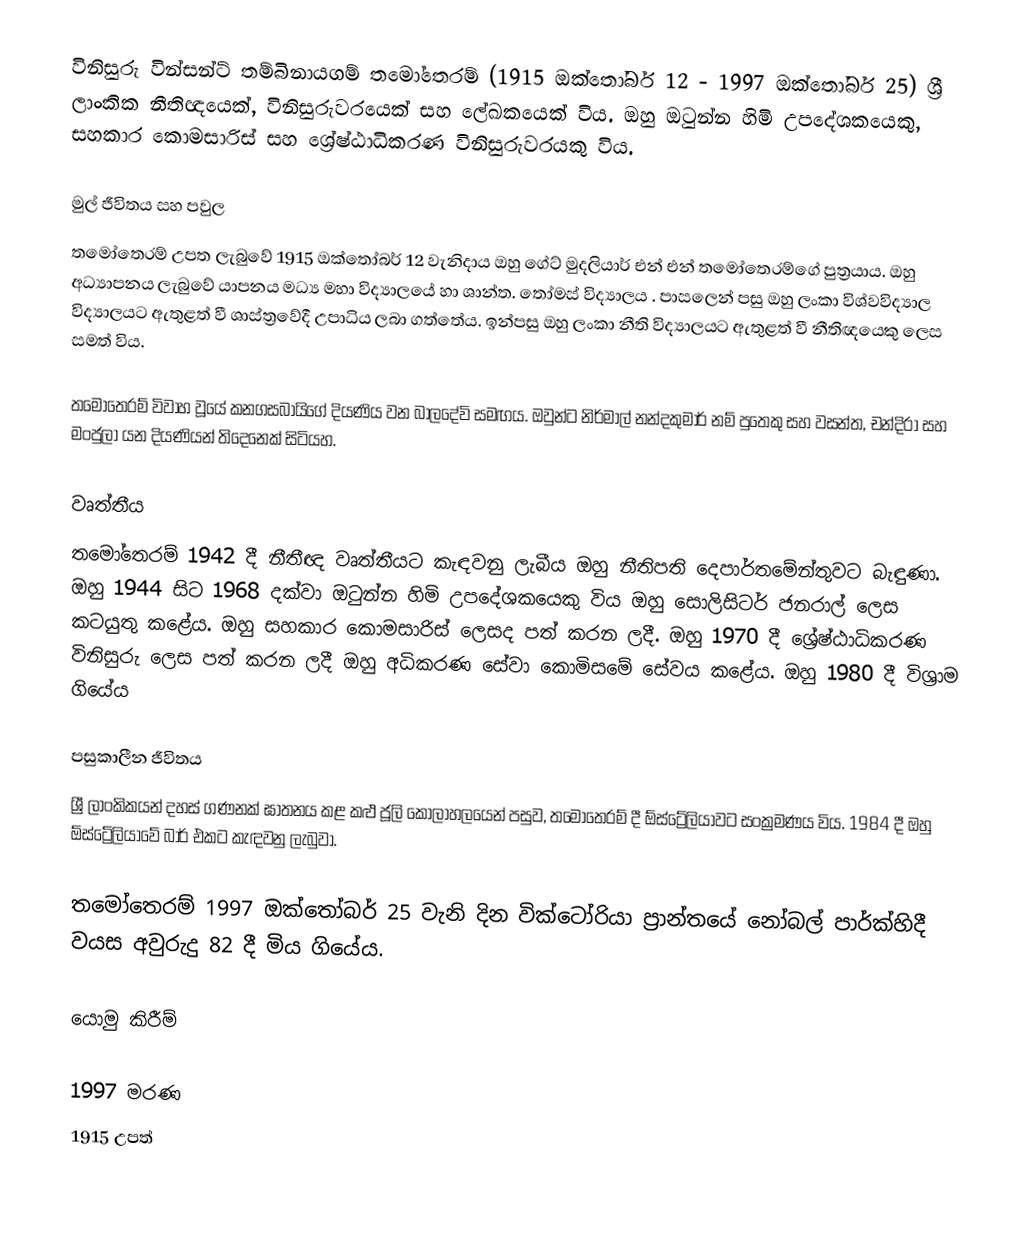
විනිසුරු වින්සන්ට් තම්බිනායගම් තමෝතෙරම් (1915 ඔක්තෝබර් 12 - 1997 ඔක්තෝබර් 25) ශ්‍රී ලාංකික නීතිඥයෙක්, විනිසුරුවරයෙක් සහ ලේඛකයෙක් විය. ඔහු ඔටුන්න හිමි උපදේශකයෙකු, සහකාර කොමසාරිස් සහ ශ්‍රේෂ්ඨාධිකරණ විනිසුරුවරයකු විය.

මුල් ජීවිතය සහ පවුල
තමෝතෙරම් උපත ලැබුවේ 1915 ඔක්තෝබර් 12 වැනිදාය  ඔහු ගේට් මුදලියාර් එන් එන් තමෝතෙරම්ගේ පුත්‍රයාය. ඔහු අධ්‍යාපනය ලැබුවේ යාපනය මධ්‍ය මහා විද්‍යාලයේ හා ශාන්ත. තෝමස් විද්‍යාලය .  පාසලෙන් පසු ඔහු ලංකා විශ්වවිද්‍යාල විද්‍යාලයට ඇතුළත් වී ශාස්ත්‍රවේදී උපාධිය ලබා ගත්තේය.  ඉන්පසු ඔහු ලංකා නීති විද්‍යාලයට ඇතුළත් වී නීතිඥයෙකු ලෙස සමත් විය.

තමෝතෙරම් විවාහ වූයේ කනගසබායිගේ දියණිය වන බාලදේවි සමඟය. ඔවුන්ට නිර්මාල් නන්දකුමාර් නම් පුතෙකු සහ වසන්ත, චන්දිරා සහ මංජුලා යන දියණියන් තිදෙනෙක් සිටියහ.

වෘත්තීය
තමෝතෙරම් 1942 දී නීතීඥ වෘත්තීයට කැඳවනු ලැබීය  ඔහු නීතිපති දෙපාර්තමේන්තුවට බැඳුණා.  ඔහු 1944 සිට 1968 දක්වා ඔටුන්න හිමි උපදේශකයෙකු විය  ඔහු සොලිසිටර් ජනරාල් ලෙස කටයුතු කළේය.  ඔහු සහකාර කොමසාරිස් ලෙසද පත් කරන ලදී.  ඔහු 1970 දී ශ්‍රේෂ්ඨාධිකරණ විනිසුරු ලෙස පත් කරන ලදී  ඔහු අධිකරණ සේවා කොමිසමේ සේවය කළේය. ඔහු 1980 දී විශ්‍රාම ගියේය

පසුකාලීන ජීවිතය
ශ්‍රී ලාංකිකයන් දහස් ගණනක් ඝාතනය කළ කළු ජූලි කෝලාහලයෙන් පසුව, තමෝතෙරම්  දී ඕස්ට්‍රේලියාවට සංක්‍රමණය විය. 1984 දී ඔහු ඕස්ට්‍රේලියාවේ බාර් එකට කැඳවනු ලැබුවා.

තමෝතෙරම් 1997 ඔක්තෝබර් 25 වැනි දින වික්ටෝරියා ප්‍රාන්තයේ නෝබල් පාර්ක්හිදී වයස අවුරුදු 82 දී මිය ගියේය.

යොමු කිරීම්

1997 මරණ
1915 උපත්